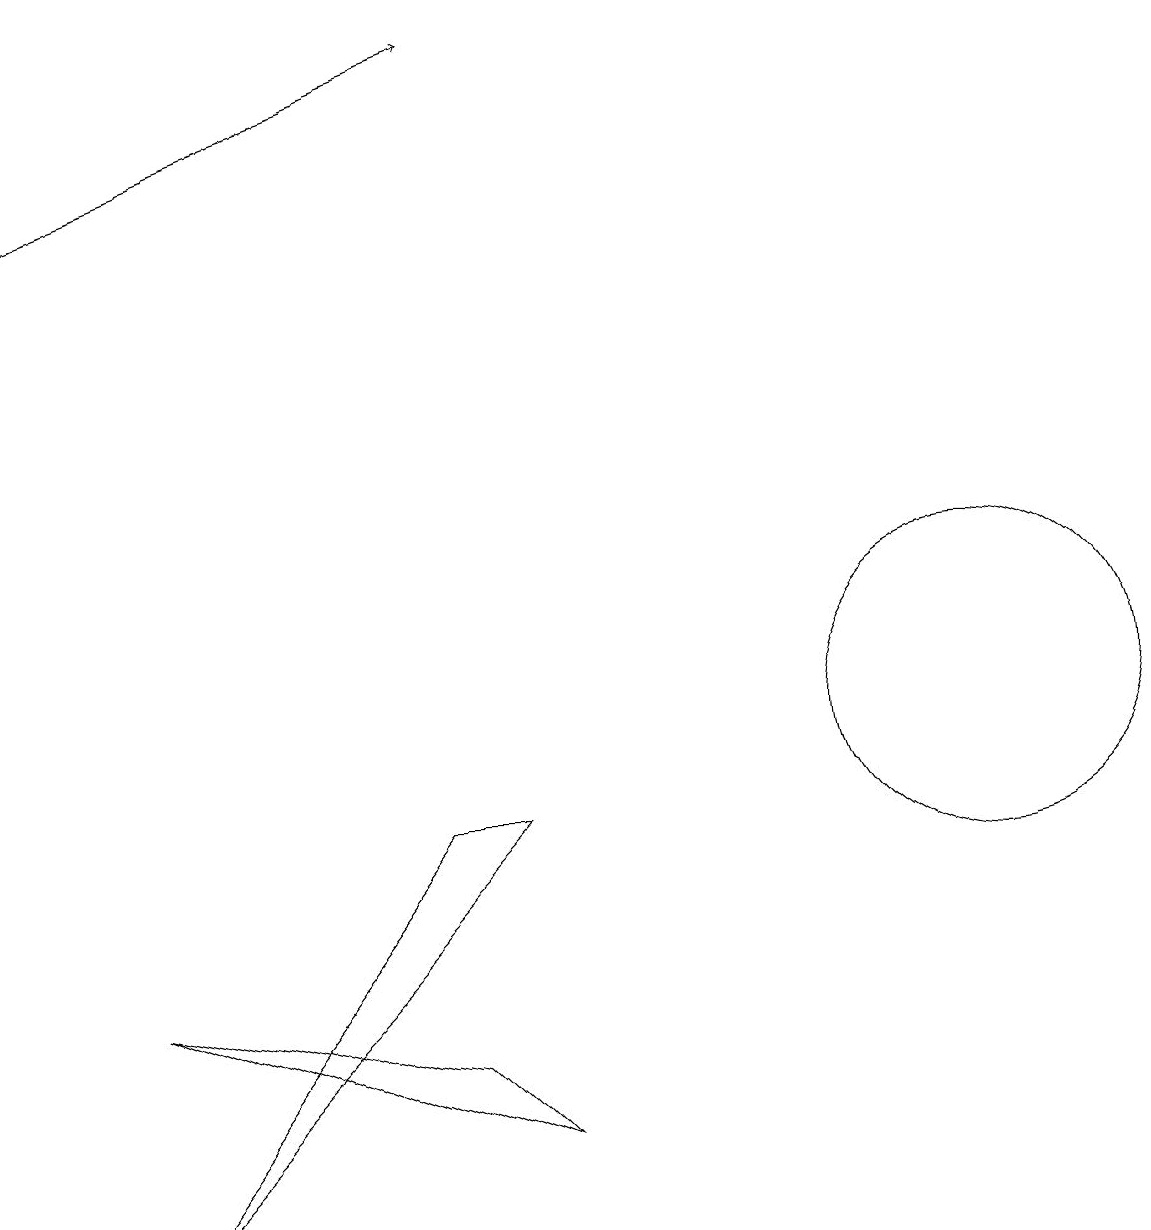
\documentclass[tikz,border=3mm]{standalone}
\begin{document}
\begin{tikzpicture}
\draw (5,6) -- (1,7) -- (6,5) -- cycle;
\draw[->] (0,17) -- (6,19);
\draw (12,10) circle (2);
\draw (1,4) -- (6,9) -- (5,9) -- cycle;
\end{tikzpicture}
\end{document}